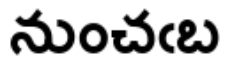
నుంచఁబ